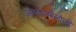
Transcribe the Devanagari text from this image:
ओफ्थल्मोलोजी